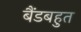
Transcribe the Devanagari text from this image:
बैंडबहुत